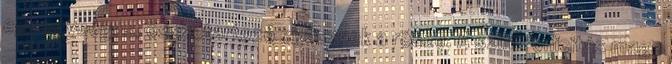
egy egységes, összetartozó egésznek a része. A szinkronicitás maga